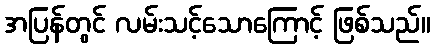
အပြန်တွင် လမ်းသင့်သောကြောင့် ဖြစ်သည်။